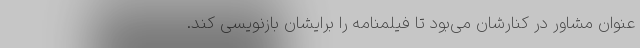
عنوان مشاور در کنارشان می‌بود تا فیلمنامه را برایشان بازنویسی کند.